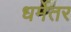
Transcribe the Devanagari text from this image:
धर्मेतर